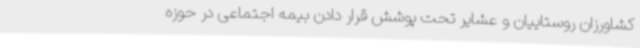
کشاورزان روستاییان و عشایر تحت پوشش قرار دادن بیمه اجتماعی در حوزه